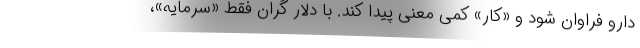
دارو فراوان شود و «کار» کمی معنی پیدا کند. با دلار گران فقط «سرمایه»،